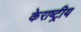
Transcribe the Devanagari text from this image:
केराष्ट्रीय